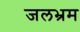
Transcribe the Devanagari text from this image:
जलभ्रम